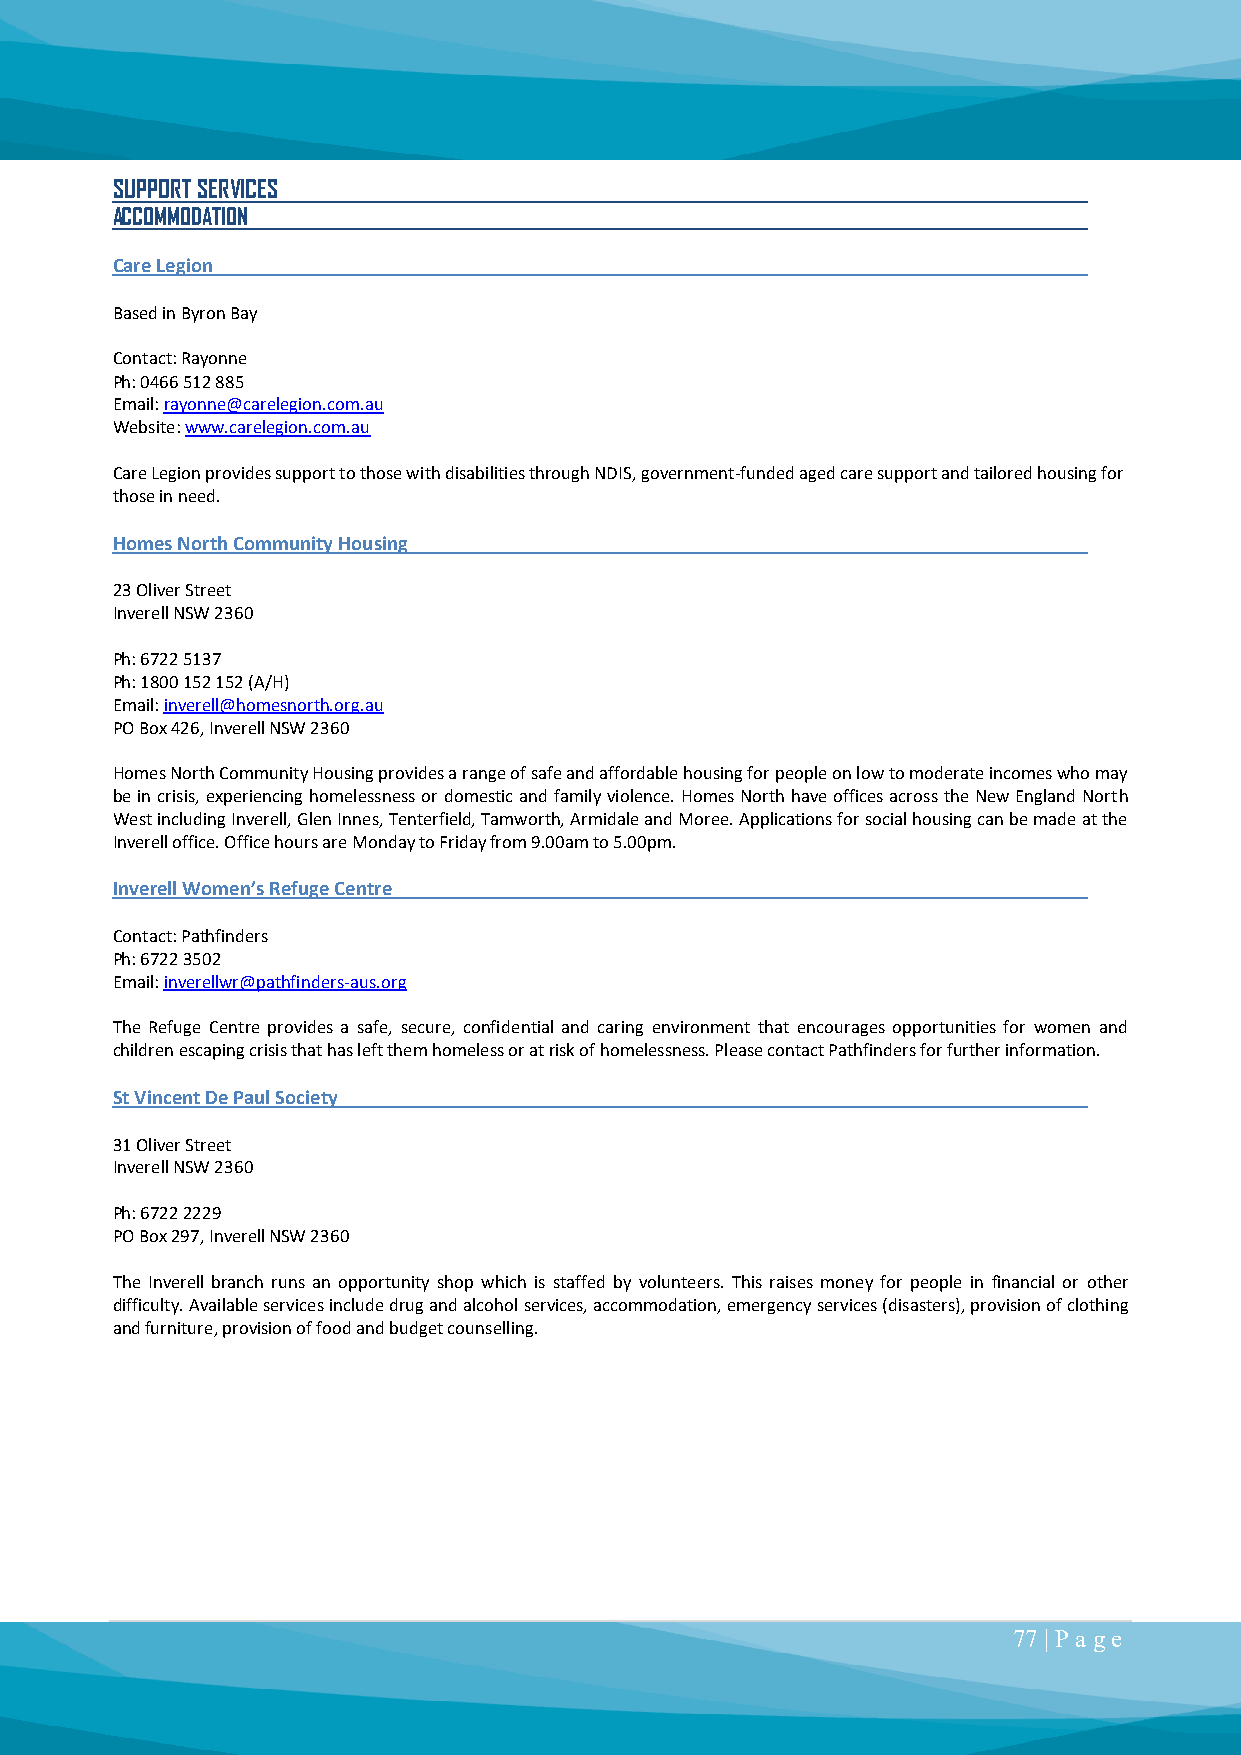
SUPPORT SERVICES
 ACCOMMODATION
 Care Legion
 Based in Byron Bay
 Contact: Rayonne
 Ph: 0466 512 885
 Email: rayonne@carelegion.com.au
 Website: www.carelegion.com.au
 Care Legion provides support to those with disabilities through NDIS, government-funded aged care support and tailored housing for
 those in need.
 Homes North Community Housing
 23 Oliver Street
 Inverell NSW 2360
 Ph: 6722 5137
 Ph: 1800 152 152 (A/H)
 Email: inverell@homesnorth.org.au
 PO Box 426, Inverell NSW 2360
 Homes North Community Housing provides a range of safe and affordable housing for people on low to moderate incomes who may
 be in crisis, experiencing homelessness or domestic and family violence. Homes North have offices across the New England North
 West including Inverell, Glen Innes, Tenterfield, Tamworth, Armidale and Moree. Applications for social housing can be made at the
 Inverell office. Office hours are Monday to Friday from 9.00am to 5.00pm.
 Inverell Women’s Refuge Centre
 Contact: Pathfinders
 Ph: 6722 3502
 Email: inverellwr@pathfinders-aus.org
 The Refuge Centre provides a safe, secure, confidential and caring environment that encourages opportunities for women and
 children escaping crisis that has left them homeless or at risk of homelessness. Please contact Pathfinders for further information.
 St Vincent De Paul Society
 31 Oliver Street
 Inverell NSW 2360
 Ph: 6722 2229
 PO Box 297, Inverell NSW 2360
 The Inverell branch runs an opportunity shop which is staffed by volunteers. This raises money for people in financial or other
 difficulty. Available services include drug and alcohol services, accommodation, emergency services (disasters), provision of clothing
 and furniture, provision of food and budget counselling.
 77 | P a ge